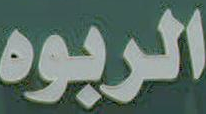
الربوه